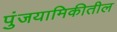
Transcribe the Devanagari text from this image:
पुंजयामिकीतील